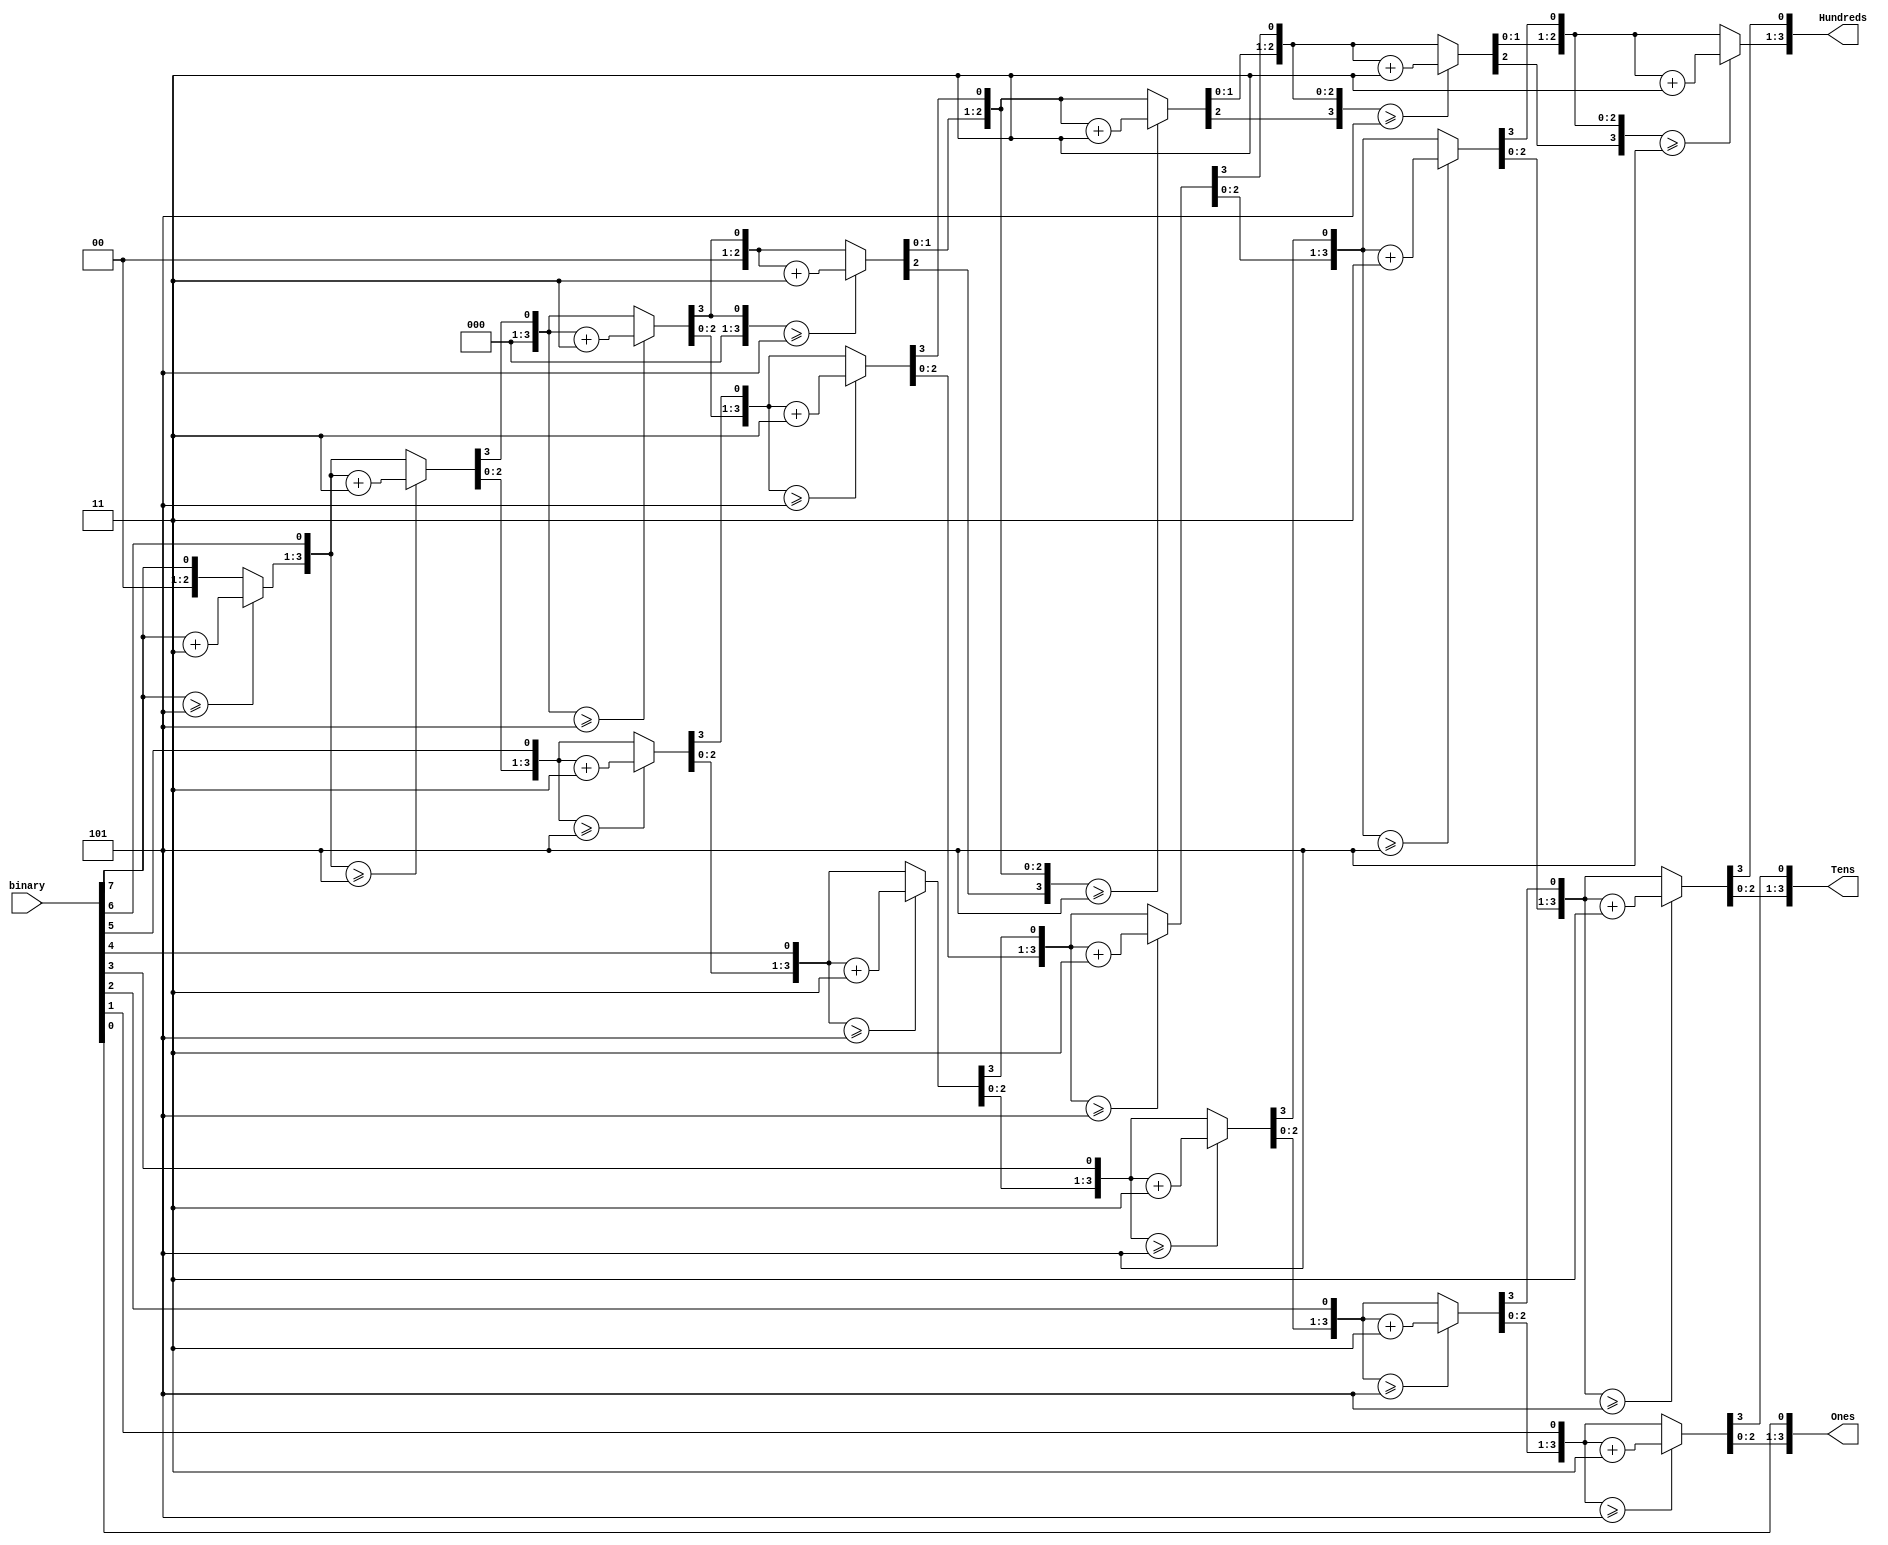
`timescale 1ns / 1ps
//////////////////////////////////////////////////////////////////////////////////
// Company: 
// Engineer: 
// 
// Design Name: 
// Module Name: binary_BCD_design
// Project Name: 
// Target Devices: 
// Tool Versions: 
// Description: 
// 
// Dependencies: 
// 
// Revision:
// Revision 0.01 - File Created
// Additional Comments:
// 
//////////////////////////////////////////////////////////////////////////////////


module binary_BCD_design(
input [7:0] binary,
output reg [3:0] Hundreds,
output reg [3:0] Tens,
output reg [3:0] Ones
    );
integer i;
always@(binary)
begin

Hundreds = 4'd0;
Tens = 4'd0;
Ones = 4'd0;

for (i=7; i>=0; i=i-1) 
begin
    if (Hundreds >= 5)
        Hundreds = Hundreds + 3;
    if (Tens >= 5)
        Tens = Tens +3;
    if (Ones >= 5)
        Ones = Ones +3;
    
    Hundreds = Hundreds << 1;
    Hundreds[0] = Tens[3];
    Tens = Tens << 1;
    Tens[0] = Ones[3];
    Ones = Ones << 1;
    Ones[0] = binary[i];
    
 end
 end
       
        
endmodule